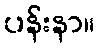
ပန်းနာ။